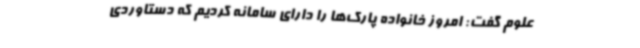
علوم گفت: امروز خانواده پارک‌ها را دارای سامانه کردیم که دستاوردی